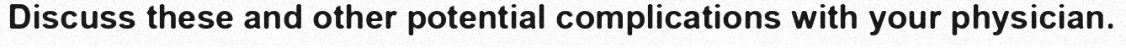
Discuss these and other potential complications with your physician.